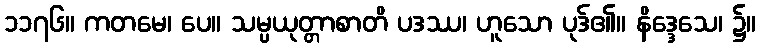
၁၁၇၆။ ကတမေ၊ ပေ။ သမ္ပယုတ္တာစာတိ ပဒဿ၊ ဟူသော ပုဒ်၏။ နိဒ္ဒေသေ၊ ၌။